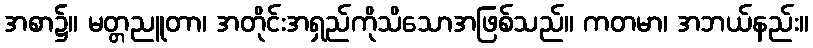
အစာ၌။ မတ္တညူတာ၊ အတိုင်းအရှည်ကိုသိသောအဖြစ်သည်။ ကတမာ၊ အဘယ်နည်း။